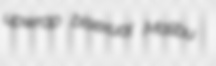
upwrap bisexual Malibu